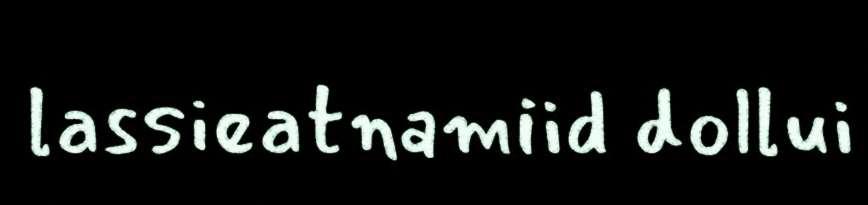
lassieatnamiid dollui